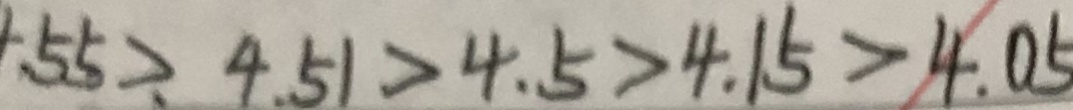
5 5 > 4 . 5 1 > 4 . 5 > 4 . 1 5 > 4 . 0 5